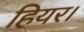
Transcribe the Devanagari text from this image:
हियर।